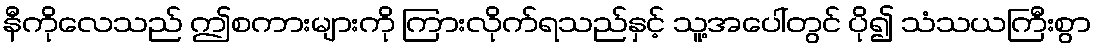
နီကိုလေသည် ဤစကားများကို ကြားလိုက်ရသည်နှင့် သူ့အပေါ်တွင် ပို၍ သံသယကြီးစွာ